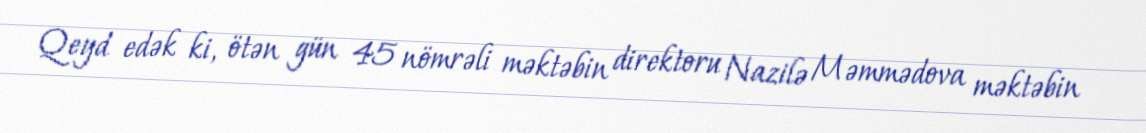
Qeyd edək ki, ötən gün 45 nömrəli məktəbin direktoru Nazilə Məmmədova məktəbin